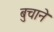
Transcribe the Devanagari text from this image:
बुचाने